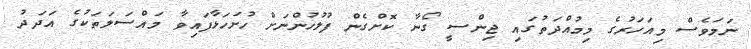
ނަމަވެސް މިއަހަރުގެ މިމުއްދަތުގައި ޖިންސީ ގޯނާ ކޮށްގެން ފުލުހުންނަށް ހުށަހަޅާފައިވާ މައްސަލަތަކުގެ އަދަދު